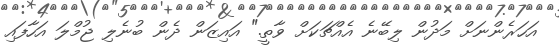
އަހަރެންނަށް މަދުން ލިބޭނެ އެއްޗަކަށް ވާތީ." އައިޒަން ދެން ބުނެލި ޖުމްލަ އަހާފައި